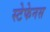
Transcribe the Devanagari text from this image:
स्टेफेनस